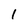
Character: 1